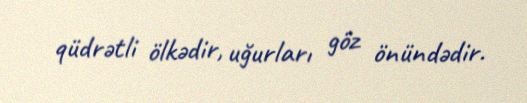
qüdrətli ölkədir, uğurları göz önündədir.